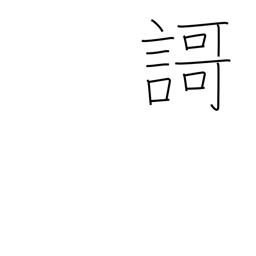
Meaning: tanka